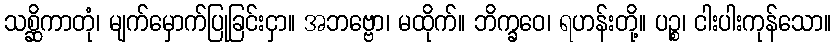
သစ္ဆိကာတုံ၊ မျက်မှောက်ပြုခြင်းငှာ။ အဘဗ္ဗော၊ မထိုက်။ ဘိက္ခဝေ၊ ရဟန်းတို့။ ပဉ္စ၊ ငါးပါးကုန်သော။